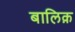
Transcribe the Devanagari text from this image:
बालिक़